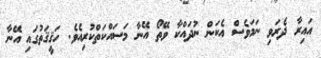
އައިރާ ދެރަވި ނަމަވެސް އެކަން ނުދައްކާ ވޭތޯ އޭނާ މަސައްކަތްކުރިއެވެ. ހަޤީޤަތުގައި އޭނާ